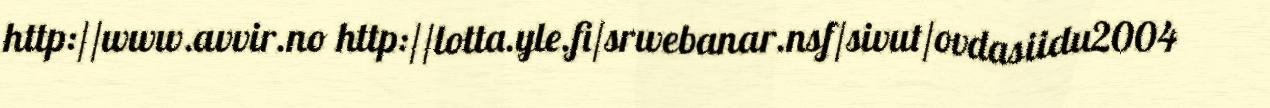
http://www.avvir.no http://lotta.yle.fi/srwebanar.nsf/sivut/ovdasiidu2004